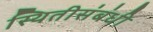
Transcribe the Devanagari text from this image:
स्थितीसंबंधी